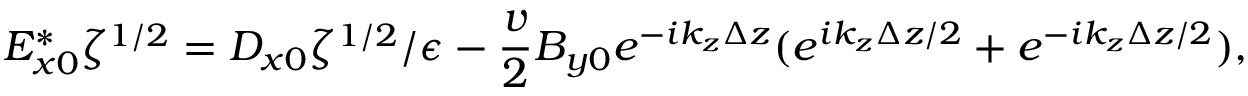
E _ { x 0 } ^ { * } \zeta ^ { 1 / 2 } = D _ { x 0 } \zeta ^ { 1 / 2 } / \epsilon - \frac { v } { 2 } B _ { y 0 } e ^ { - i k _ { z } \Delta z } ( e ^ { i k _ { z } \Delta z / 2 } + e ^ { - i k _ { z } \Delta z / 2 } ) ,